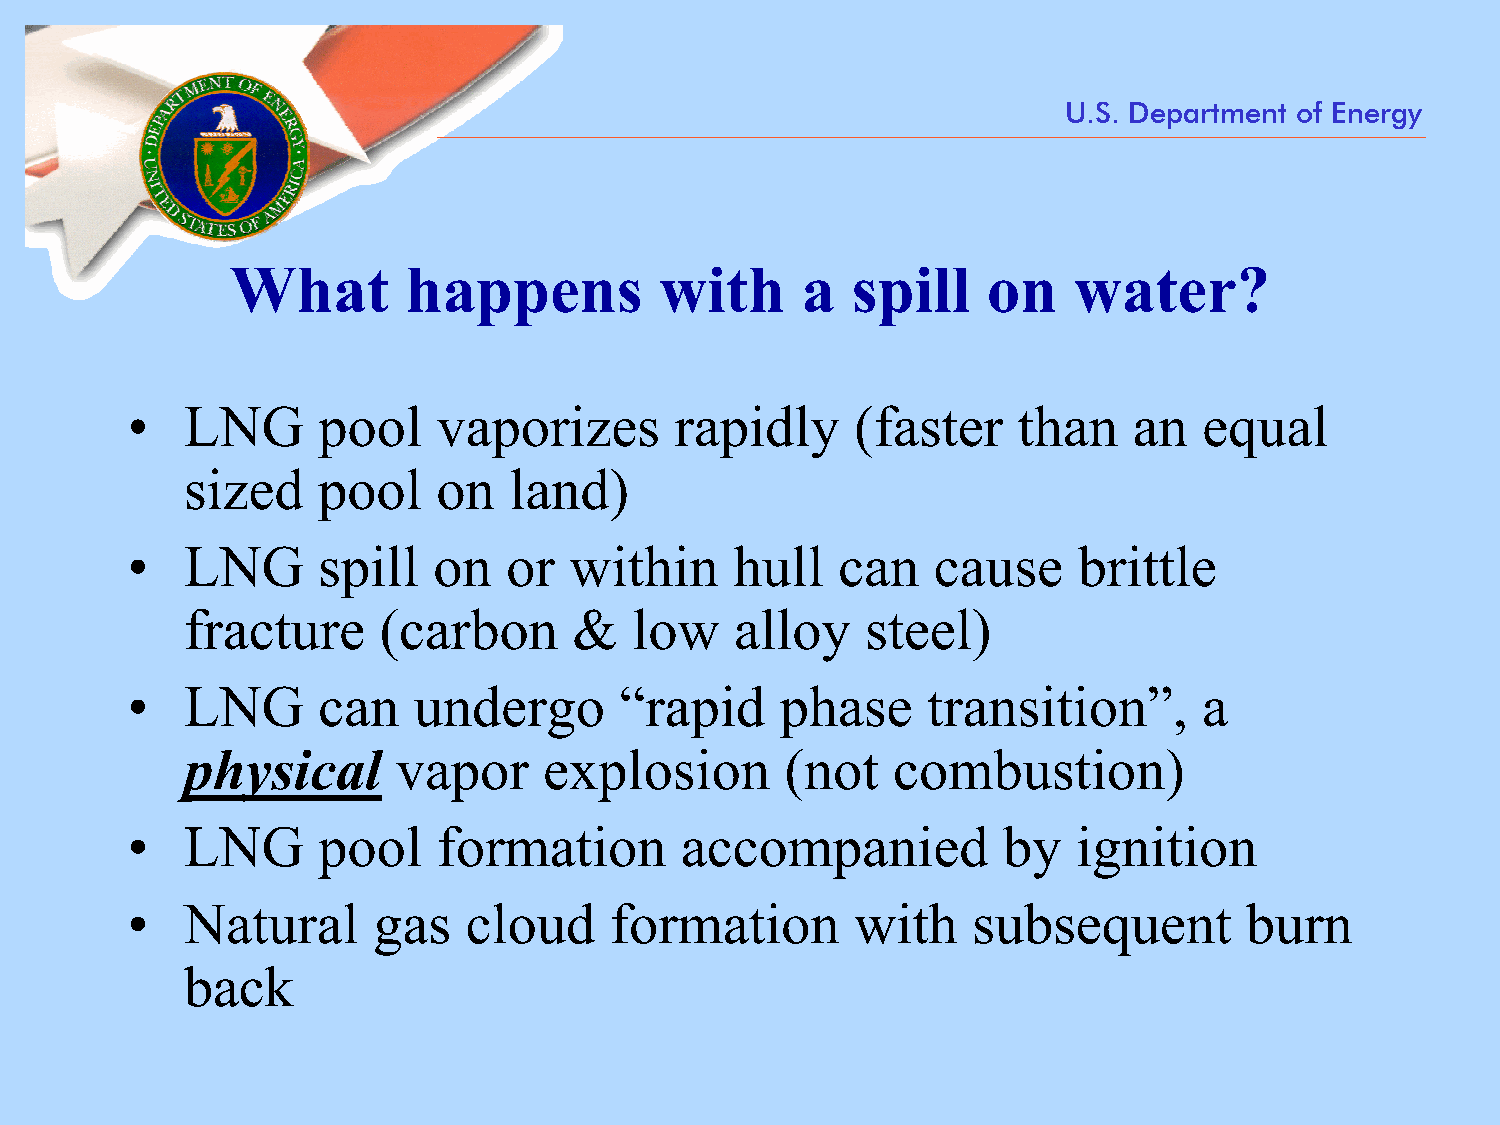
U.S. Department of Energy
 What        happens          with     a  spill    on    water?
 •   LNG      pool    vaporizes       rapidly     (faster   than    an   equal
 sized    pool    on   land)
 •   LNG      spill   on  or   within     hull  can    cause    brittle
 fracture     (carbon      &   low    alloy   steel)
 •   LNG      can   undergo       “rapid     phase    transition”,       a
 physical      vapor     explosion       (not   combustion)
 •   LNG      pool    formation       accompanied          by   ignition
 •   Natural      gas   cloud    formation        with   subsequent        burn
 back